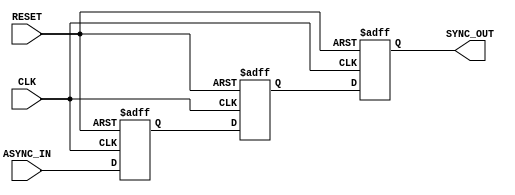
module async_to_sync_converter (
    input wire ASYNC_IN,   // Asynchronous input signal
    input wire CLK,        // System clock
    input wire RESET,      // Asynchronous reset signal
    output reg SYNC_OUT    // Synchronized output signal
);

    // Internal signals for synchronization stages
    reg async_stage1;
    reg async_stage2;

    // Process to handle synchronization and reset logic
    always @(posedge CLK or posedge RESET) begin
        if (RESET) begin
            // Reset the synchronized output and internal stages
            SYNC_OUT <= 1'b0;
            async_stage1 <= 1'b0;
            async_stage2 <= 1'b0;
        end else begin
            // Sample ASYNC_IN into the first stage
            async_stage1 <= ASYNC_IN;
            // Pass the first stage result to the second stage
            async_stage2 <= async_stage1;
            // Set SYNC_OUT to the final synchronized stage
            SYNC_OUT <= async_stage2;
        end
    end

endmodule